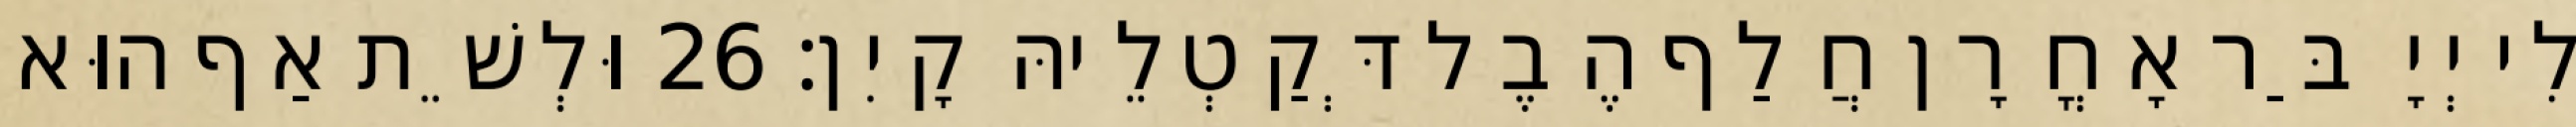
לִי יְיָ בַּר אָחֳרָן חֲלַף הֶבֶל דְּקַטְלֵיהּ קָיִן׃ 26 וּלְשֵׁת אַף הוּא